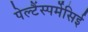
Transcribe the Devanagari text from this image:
पेल्टैंस्पर्मेसिई